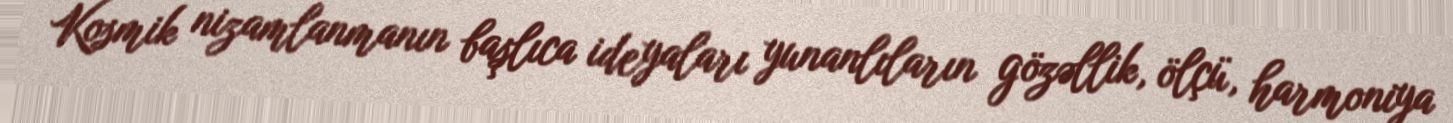
Kosmik nizamlanmanın başlıca ideyaları yunanlıların gözəllik, ölçü, harmoniya